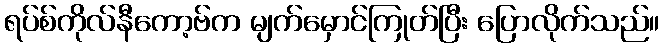
ရပ်စ်ကိုလ်နီကော့ဗ်က မျက်မှောင်ကြုတ်ပြီး ပြောလိုက်သည်။